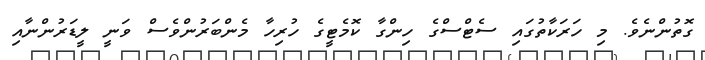
ގޮތުންނެވެ. މި ހަރަކާތުގައި ސެޓްސްގެ ހިންގާ ކޮމެޓީގެ ހުރިހާ މެންބަރުންވެސް ވަނީ ލީޑަރުންނާއި